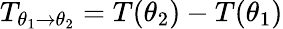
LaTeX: T_{\theta_{1}\to\theta_{2}}=T(\theta_{2})-T(\theta_{1})